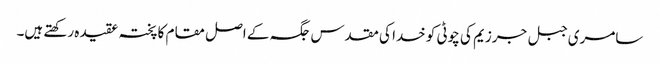
سامری جبل جرزیم کی چوٹی کو خدا کی مقدس جگہ کے اصل مقام کا پختہ عقیدہ رکھتے ہیں۔